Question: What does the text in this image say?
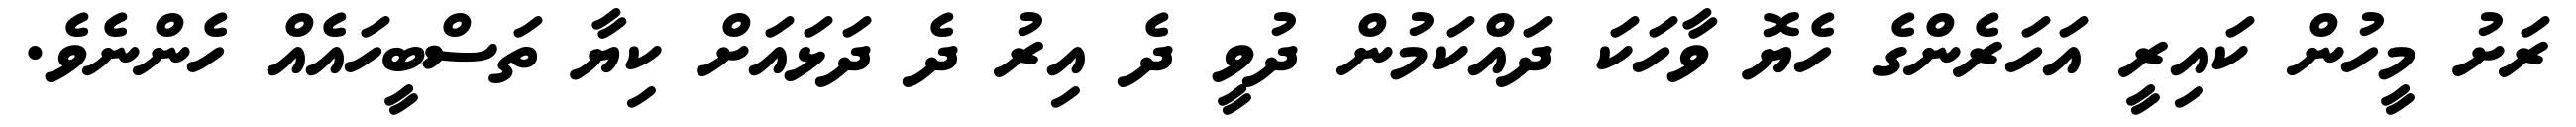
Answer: ރަށު މީހުން ކައިރީ އަހަރެންގެ ހެޔޮ ވާހަކަ ދައްކަމުން ދުވީ ދެ އިރު ދެ ދަޅައަށް ކިޔާ ތަސްބީހައެއް ހެންނެވެ.